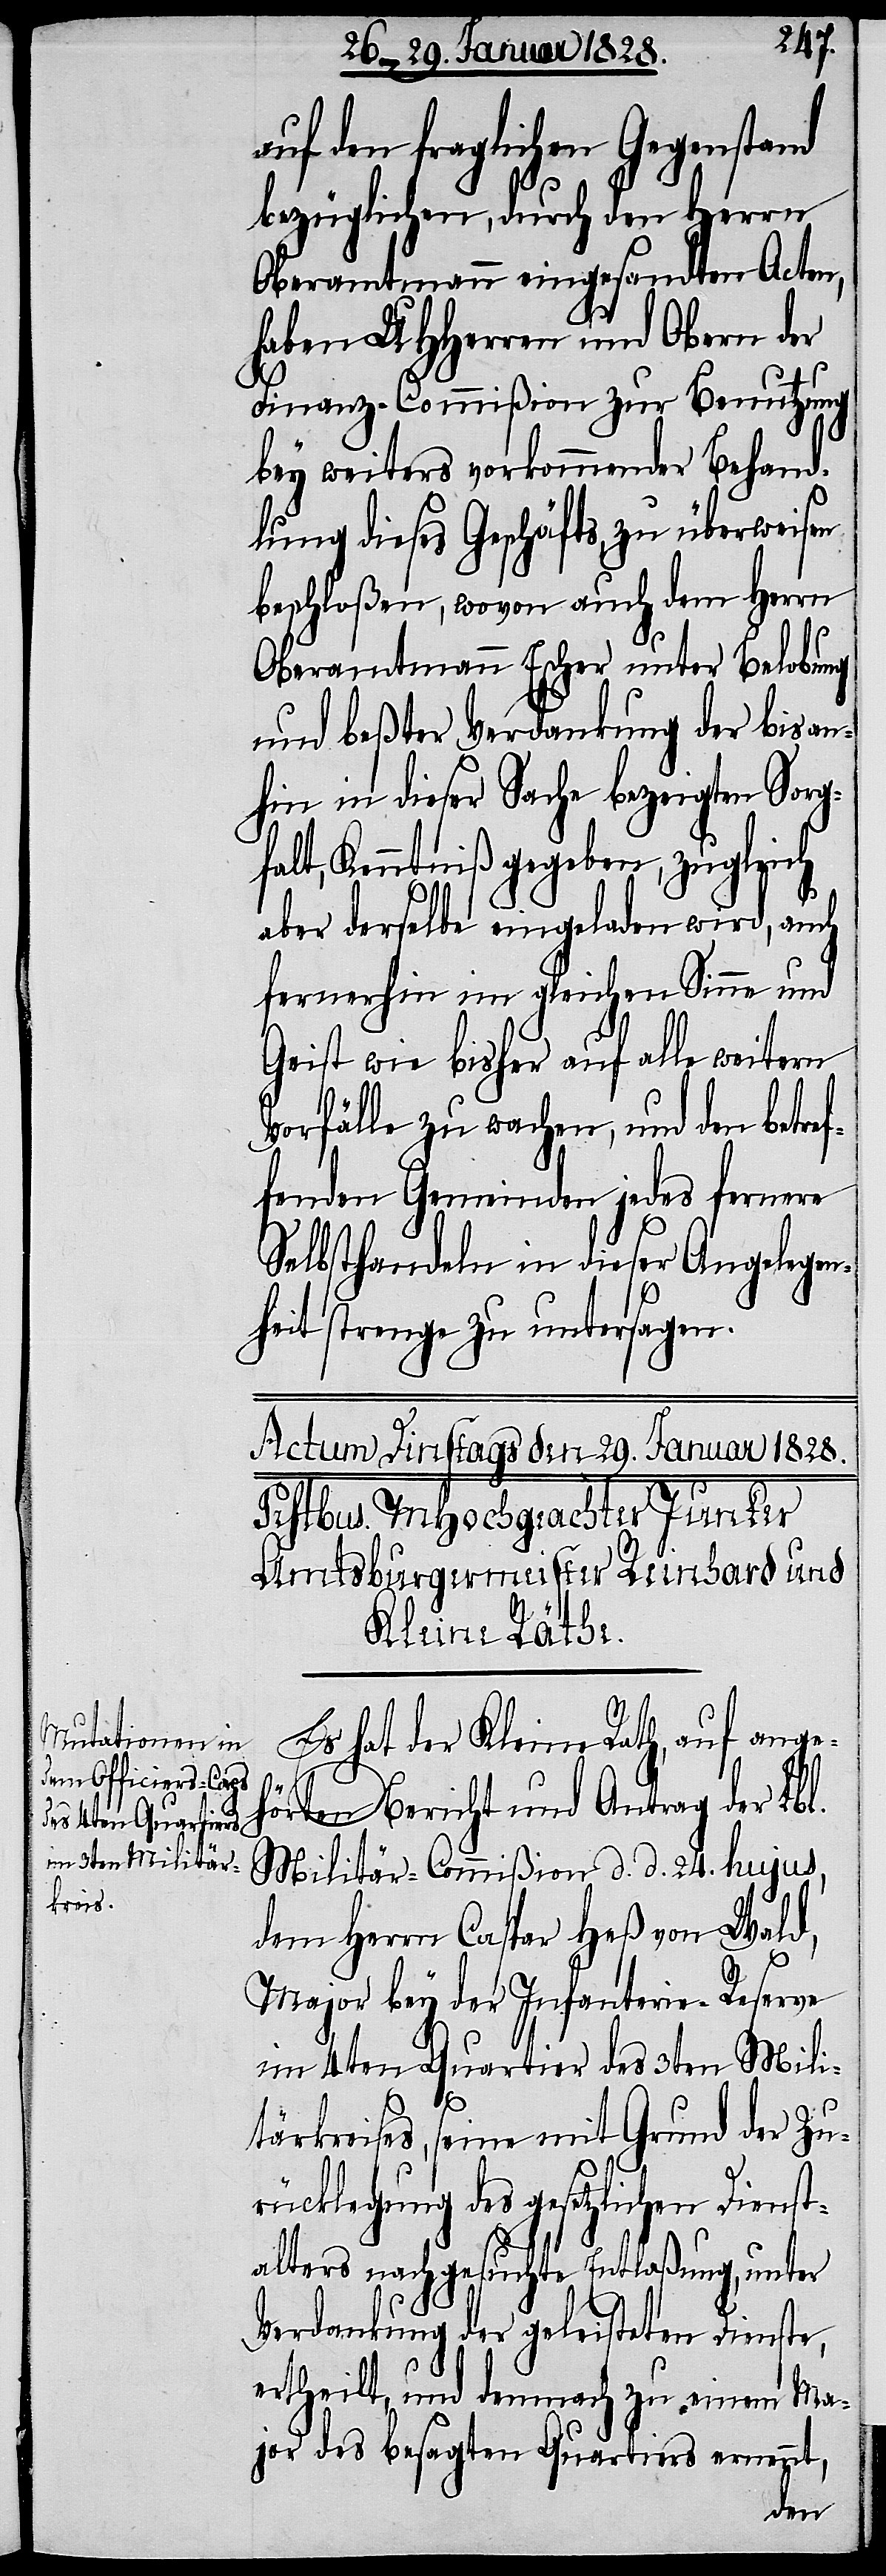
auf den fraglichen Gegenstand
bezüglichen, durch den Herrn
Oberamtmann eingesandten Acten,
haben UHHerren und Obern der
Finanz-Commißion zur Benutzung
bey weiters verkommender Behand¬
lung dieses Geschäfts, zu überweisen
beschloßen, wovon auch dem Herrn
Oberamtmann Escher unter Belobung
und beßter Verdankung der bis an¬
hin in dieser Sache bezeigten Sorgf¬
alt, Kenntniß gegeben, zugleich
aber derselbe eingeladen wird, auch
fernerhin im gleichen Sinne und
Geist wie bisher auf alle weitern
Vorfälle zu wachen, und den betref¬
fenden Gemeinden jedes fernere
Selbsthandeln in dieser Angelegen¬
heit strenge zu untersagen.
Es hat der Kleine Rath, auf angeh¬
örten Bericht und Antrag des Lbl.
Militär-Commißion d. d. 24. hujus,
dem Herrn Caspar Heß von Wald,
Major bey der Infanterie-Reserve
im 4ten Quartier des 3ten Mili¬
tärkreises, seine mit Grund der Zu¬
rücklegung des gesetzlichen Dienst¬
alters nachgesuchte Entlaßung, unter
Verdankung der geleisteten Dienste,
ertheilt, und demnach zu einem Ma¬
jor des besagten Quartier ernennt,